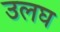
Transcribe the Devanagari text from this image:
उलघ